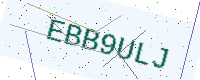
Text: EBB9ULJ